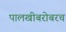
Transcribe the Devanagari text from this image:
पालखीबरोबरच